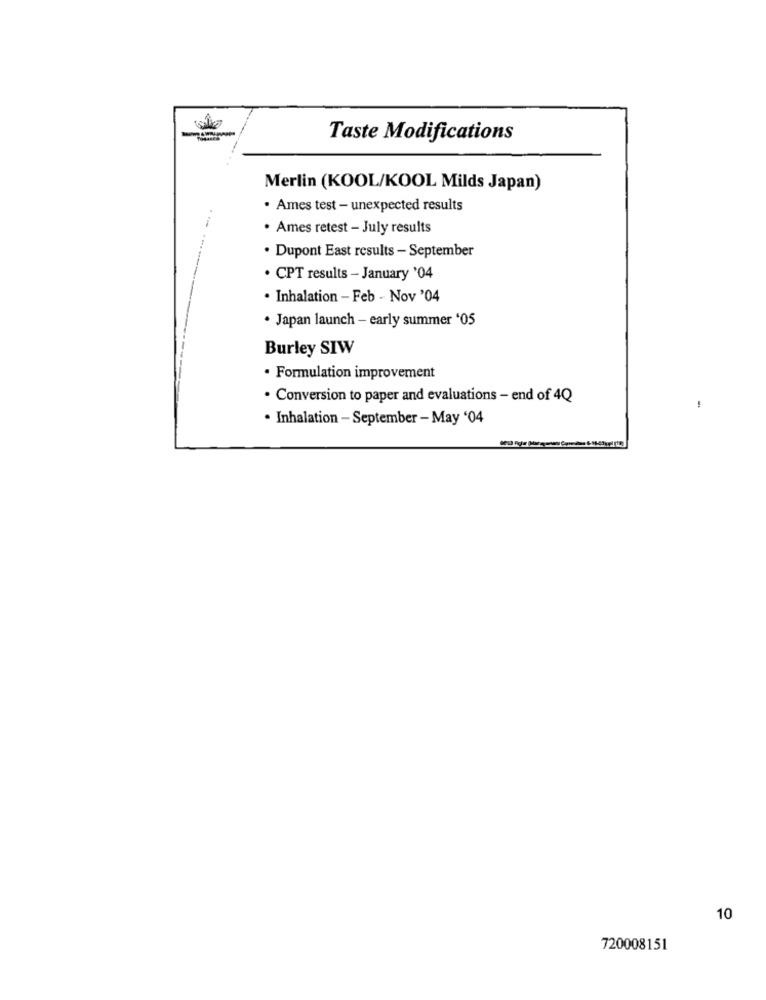
Taste Modifications
Merlin (KOOL/KOOL Milds Japan)
· Ames test - unexpected results
. Ames retest - July results
. Dupont East results - September
. CPT results - January '04
. Inhalation - Feb - Nov '04
· Japan launch - early summer '05
Burley SIW
· Formulation improvement
. Conversion to paper and evaluations - end of 4Q
-
· Inhalation - September - May '04
10
720008151